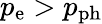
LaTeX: p_{\mathrm{e}}>p_{\mathrm{ph}}